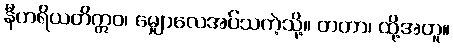
နီဟရိယတိဣဝ၊ မျှောလေအပ်သကဲ့သို့။ တတာ၊ ထို့အတူ။